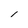
Character: 1